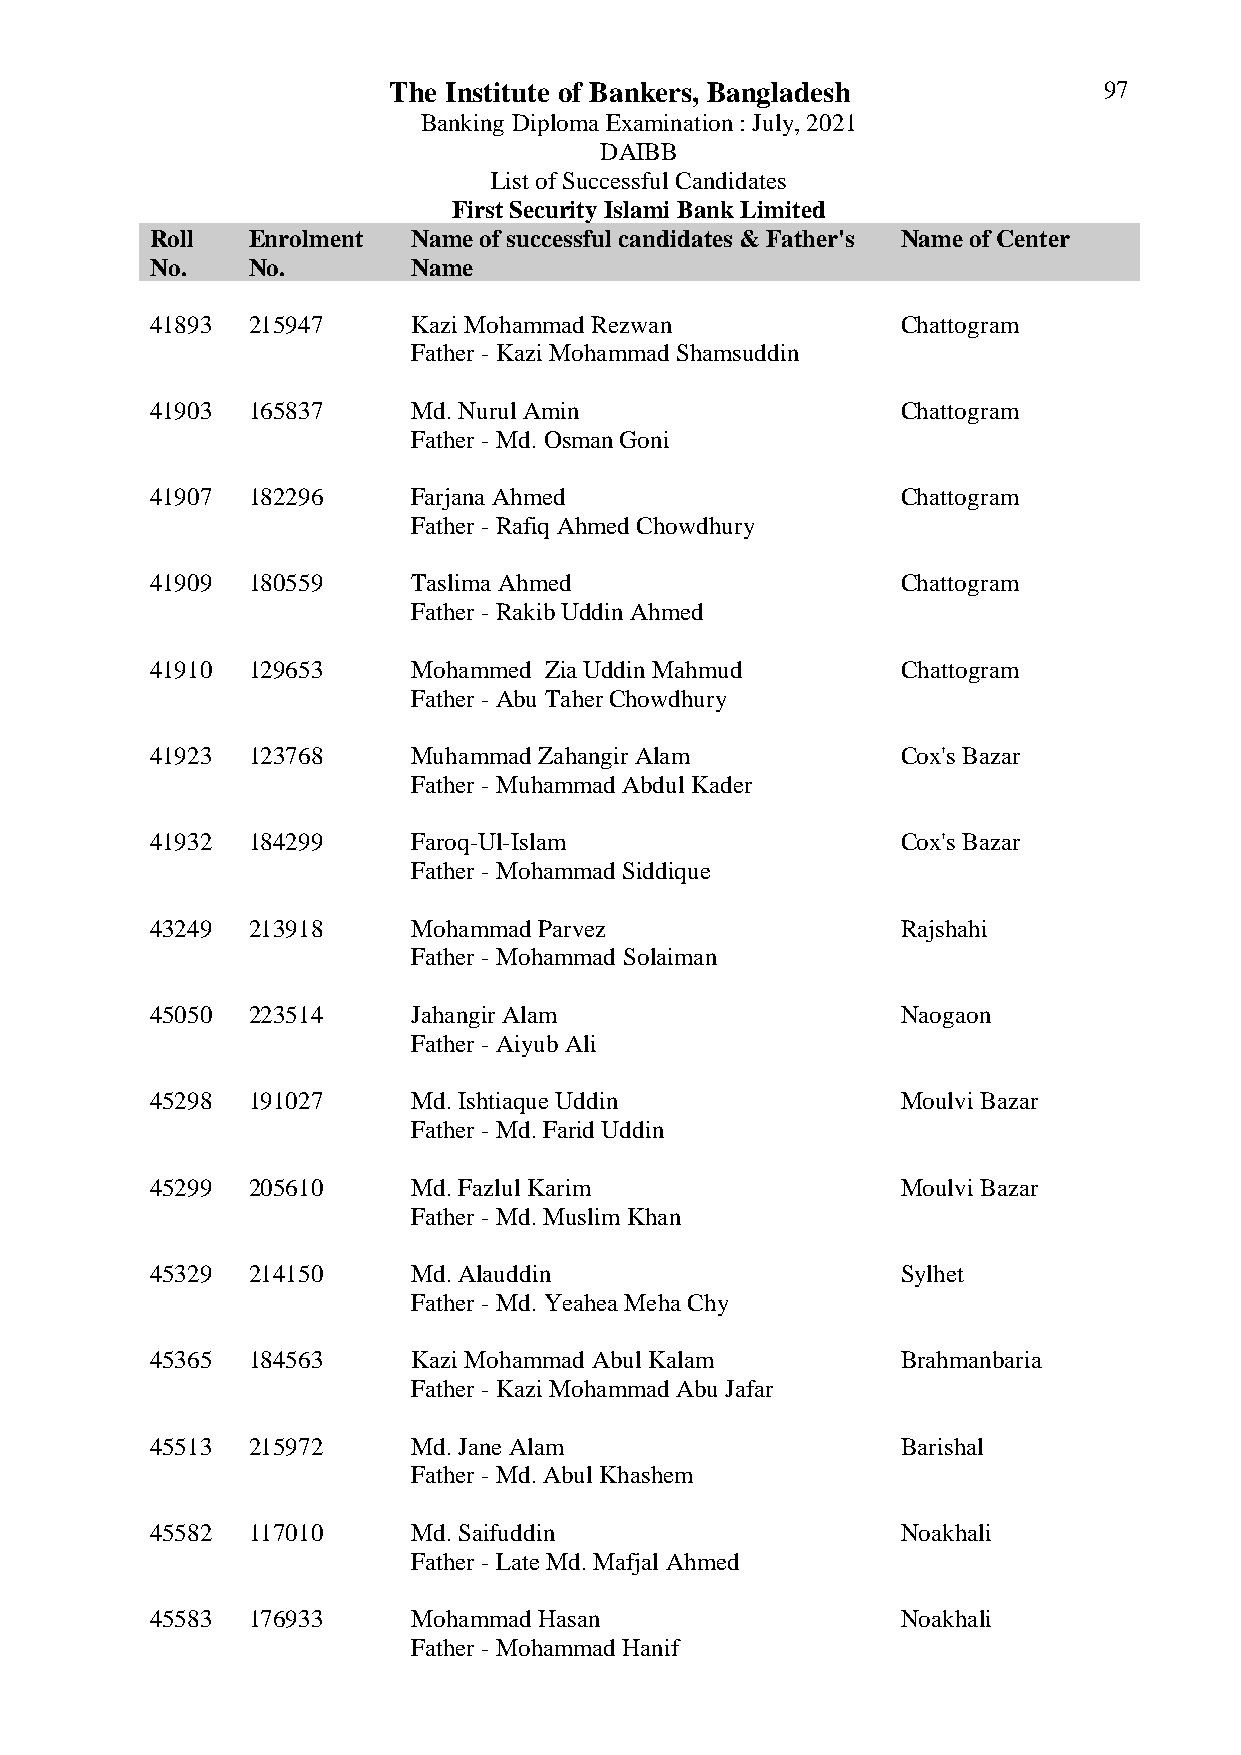
The Institute of Bankers, Bangladesh           97
 Banking Diploma Examination : July, 2021
 DAIBB
 List of Successful Candidates
 First Security Islami Bank Limited
 Roll  Enrolment  Name of successful candidates & Father's Name of Center
 No.   No.        Name
 41893 215947     Kazi Mohammad Rezwan             Chattogram
 Father - Kazi Mohammad Shamsuddin
 41903 165837     Md. Nurul Amin                   Chattogram
 Father - Md. Osman Goni
 41907 182296     Farjana Ahmed                    Chattogram
 Father - Rafiq Ahmed Chowdhury
 41909 180559     Taslima Ahmed                    Chattogram
 Father - Rakib Uddin Ahmed
 41910 129653     Mohammed Zia Uddin Mahmud        Chattogram
 Father - Abu Taher Chowdhury
 41923 123768     Muhammad Zahangir Alam           Cox's Bazar
 Father - Muhammad Abdul Kader
 41932 184299     Faroq-Ul-Islam                   Cox's Bazar
 Father - Mohammad Siddique
 43249 213918     Mohammad Parvez                  Rajshahi
 Father - Mohammad Solaiman
 45050 223514     Jahangir Alam                    Naogaon
 Father - Aiyub Ali
 45298 191027     Md. Ishtiaque Uddin              Moulvi Bazar
 Father - Md. Farid Uddin
 45299 205610     Md. Fazlul Karim                 Moulvi Bazar
 Father - Md. Muslim Khan
 45329 214150     Md. Alauddin                     Sylhet
 Father - Md. Yeahea Meha Chy
 45365 184563     Kazi Mohammad Abul Kalam         Brahmanbaria
 Father - Kazi Mohammad Abu Jafar
 45513 215972     Md. Jane Alam                    Barishal
 Father - Md. Abul Khashem
 45582 117010     Md. Saifuddin                    Noakhali
 Father - Late Md. Mafjal Ahmed
 45583 176933     Mohammad Hasan                   Noakhali
 Father - Mohammad Hanif